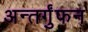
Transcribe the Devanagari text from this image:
अन्तर्गुंफन